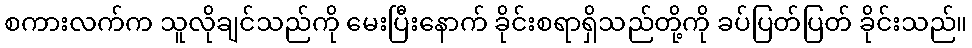
စကားလက်က သူလိုချင်သည်ကို မေးပြီးနောက် ခိုင်းစရာရှိသည်တို့ကို ခပ်ပြတ်ပြတ် ခိုင်းသည်။